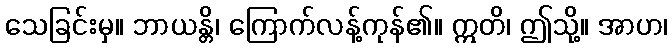
သေခြင်းမှ။ ဘာယန္တိ၊ ကြောက်လန့်ကုန်၏။ ဣတိ၊ ဤသို့။ အာဟ၊